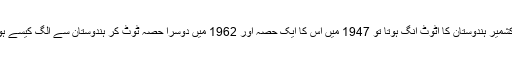
اگر کشمیر ہندوستان کا اٹوٹ انگ ہوتا تو 1947 میں اس کا ایک حصہ اور 1962 میں دوسرا حصہ ٹوٹ کر ہندوستان سے الگ کیسے ہوگیا؟